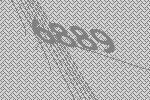
6889